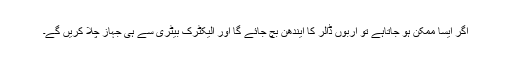
اگر ایسا ممکن ہو جاتاہے تو اربوں ڈالر کا ایندھن بچ جائے گا اور الیکٹرک بیٹری سے ہی جہاز چلا کریں گے۔